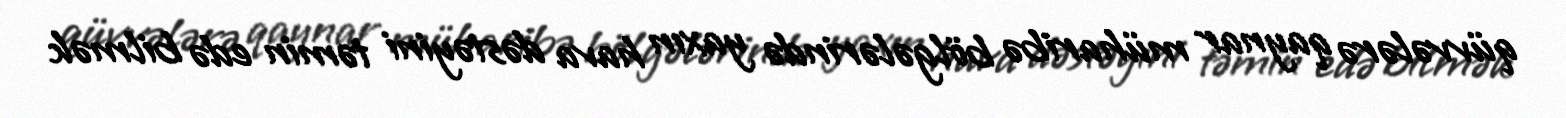
qüvvələrə qaynar müharibə bölgələrində yaxın hava dəstəyini təmin edə bilmək